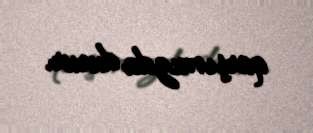
qarşımızda durur.